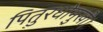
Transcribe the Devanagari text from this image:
पितुरधोमुखी।